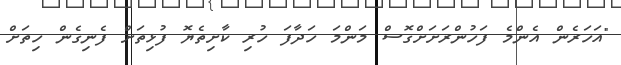
"އަހަރެން އެންމެ ފަހުންރަށަށްގޮސް މަންމަ ހަދާފަ ހުރި ކާށިތެޔޮ ފުޅިތަށް ފެނިގެން ހިތަށް